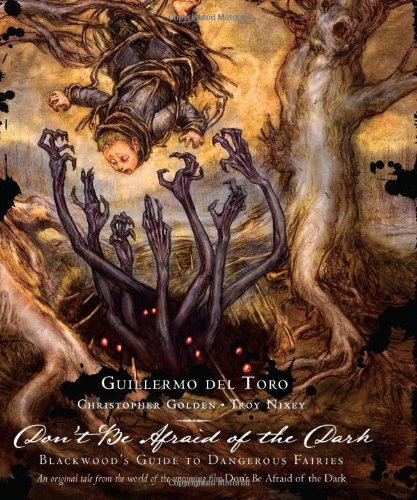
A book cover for Guillermo Del Toro: Don't Be Afraid of the Dark: Blackwood's Guide to Dangerous Fairies; Guillermo del Toro; Teen & Young Adult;